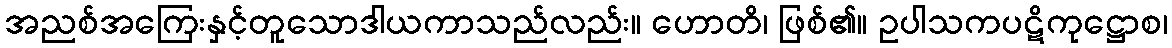
အညစ်အကြေးနှင့်တူသောဒါယကာသည်လည်း။ ဟောတိ၊ ဖြစ်၏။ ဥပါသကပဋိကုဋ္ဌောစ၊